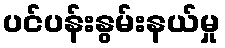
ပင်ပန်းနွမ်းနယ်မှု